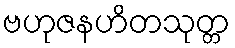
ဗဟုဇနဟိတသုတ္တ